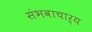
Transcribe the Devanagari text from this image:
संभवाचार्य